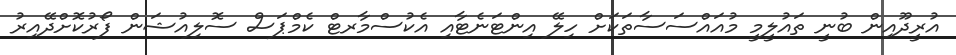
އުރީދޫއިން ބުނީ ތައުލީމީ މުއައްސަސާތަކަށް ހިލޭ އިންޓަނެޓާއި އެކުސްމާރޓް ކެމްޕަސް ސޮލިއުޝަން ފޯރުކޮށްދޭއިރު